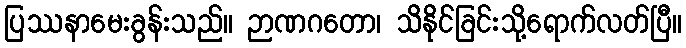
ပြဿနာမေးခွန်းသည်။ ဉာဏဂတော၊ သိနိုင်ခြင်းသို့ရောက်လတ်ပြီ။